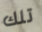
تلك